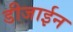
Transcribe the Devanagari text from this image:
डीजाईन